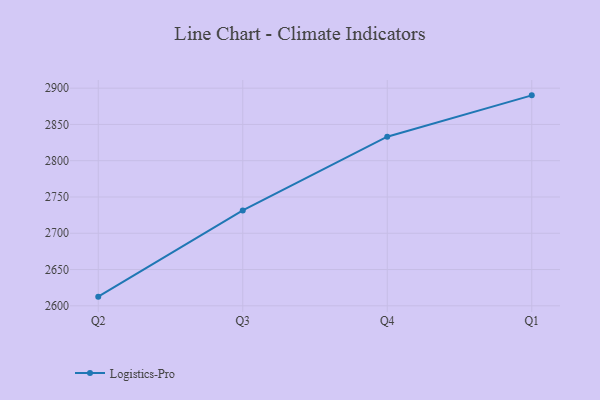
{"axis": {"x": "Quarter", "y": "Operating Costs (USD K)"}, "legend": ["Logistics-Pro"], "data": [{"x": "Q2", "y": 2612.6, "type": "Logistics-Pro"}, {"x": "Q3", "y": 2731.4, "type": "Logistics-Pro"}, {"x": "Q4", "y": 2833.1, "type": "Logistics-Pro"}, {"x": "Q1", "y": 2890.1, "type": "Logistics-Pro"}]}